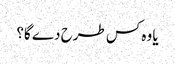
یا وہ کس طرح دے گا؟